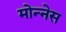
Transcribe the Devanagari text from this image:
मोन्‍नेस